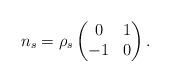
LaTeX: \begin{align*} n_s & = \rho_s \begin{pmatrix} 0 & 1\\-1 & 0 \end{pmatrix}.\end{align*}